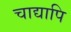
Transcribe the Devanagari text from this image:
चाद्यापि